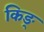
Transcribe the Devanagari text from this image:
किङ्